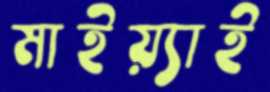
মাইয়্যাই